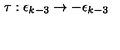
\tau : \epsilon _ { k - 3 } \rightarrow - \epsilon _ { k - 3 }